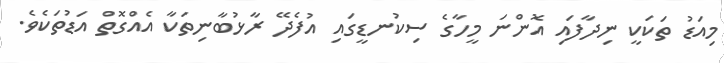
މިއަޑު ތަކަކީ ނިދާފައި އޮންނަ މީހާގެ ސިކުނޑީގައި އުފެދޭ ރާޅުބާނިތަކާ އެއްގޮތް އަޑުތަކެވެ.